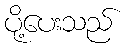
ပို့ပေးသည်